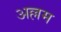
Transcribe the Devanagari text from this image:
अल्लम